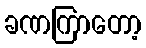
ခဏကြာတော့